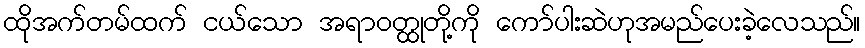
ထိုအက်တမ်ထက် ငယ်သော အရာဝတ္ထုတို့ကို ကော်ပါးဆဲဟုအမည်ပေးခဲ့လေသည်။